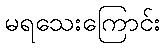
မရသေးကြောင်း